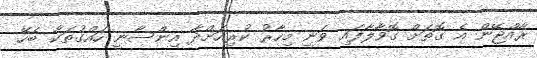
ރާއްޖޭން އެ ގޮތަށް ގޮވާލާފައި ވަނީ މިހާރު ކުރިއަށްދާ އިންސާނީ ހައްގުތަކާ ބެހޭ